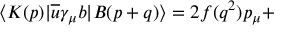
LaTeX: \langle K ( p ) | \overline { { { u } } } \gamma _ { \mu } b | B ( p + q ) \rangle = 2 f ( q ^ { 2 } ) p _ { \mu } +